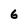
Character: 6